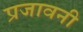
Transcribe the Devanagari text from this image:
प्रजावनी